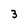
Character: 3